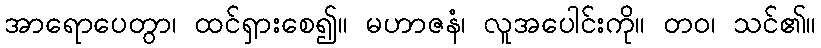
အာရောပေတွာ၊ ထင်ရှားစေ၍။ မဟာဇနံ၊ လူအပေါင်းကို။ တဝ၊ သင်၏။